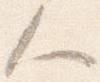
人